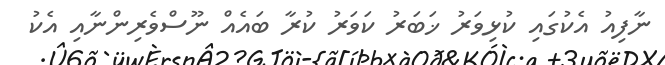
ނާފިއު އެކުގައި ކުޅިވަރު ޚަބަރު ކަވަރު ކުރާ ބައެއް ނޫސްވެރިންނާއި އެކު